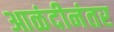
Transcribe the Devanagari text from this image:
आळंदीनंतर